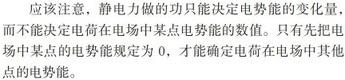
应该注意，静电力做的功只能决定电势能的变化量，而不能决定电荷在电场中某点电势能的数值。只有先把电场中某点的电势能规定为 0，才能确定电荷在电场中其他点的电势能。